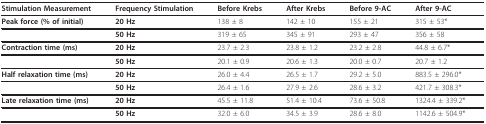
<table><thead><tr><td><b>Stimulation Measurement</b></td><td><b>Frequency Stimulation</b></td><td><b>Before Krebs</b></td><td><b>After Krebs</b></td><td><b>Before 9-AC</b></td><td><b>After 9-AC</b></td></tr></thead><tbody><tr><td><b>Peak force (% of initial)</b></td><td><b>20 Hz</b></td><td>138 ± 8</td><td>142 ± 10</td><td>155 ± 21</td><td>315 ± 53*</td></tr><tr><td></td><td><b>50 Hz</b></td><td>319 ± 65</td><td>345 ± 91</td><td>293 ± 47</td><td>356 ± 58</td></tr><tr><td><b>Contraction time (ms)</b></td><td><b>20 Hz</b></td><td>23.7 ± 2.3</td><td>23.8 ± 1.2</td><td>23.2 ± 2.8</td><td>44.8 ± 6.7*</td></tr><tr><td></td><td><b>50 Hz</b></td><td>20.1 ± 0.9</td><td>20.6 ± 1.3</td><td>20.0 ± 0.7</td><td>20.7 ± 1.2</td></tr><tr><td><b>Half relaxation time (ms)</b></td><td><b>20 Hz</b></td><td>26.0 ± 4.4</td><td>26.5 ± 1.7</td><td>29.2 ± 5.0</td><td>883.5 ± 296.0*</td></tr><tr><td></td><td><b>50 Hz</b></td><td>26.4 ± 1.6</td><td>27.9 ± 2.6</td><td>28.6 ± 3.2</td><td>421.7 ± 308.3*</td></tr><tr><td><b>Late relaxation time (ms)</b></td><td><b>20 Hz</b></td><td>45.5 ± 11.8</td><td>51.4 ± 10.4</td><td>73.6 ± 50.8</td><td>1324.4 ± 339.2*</td></tr><tr><td></td><td><b>50 Hz</b></td><td>32.0 ± 6.0</td><td>34.5 ± 3.9</td><td>28.6 ± 8.0</td><td>1142.6 ± 504.9*</td></tr></tbody></table>